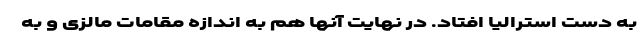
به دست استرالیا افتاد. در نهایت آنها هم به اندازه مقامات مالزی و به